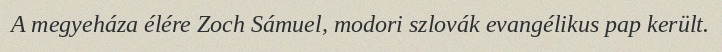
A megyeháza élére Zoch Sámuel, modori szlovák evangélikus pap került.